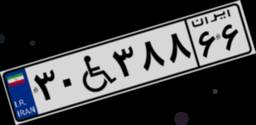
۰۸W۴۹۰۴۷